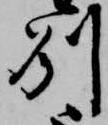
州